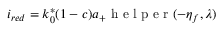
i _ { r e d } = k _ { 0 } ^ { * } ( 1 - c ) a _ { + } \mathrm { ~ h ~ e ~ l ~ p ~ e ~ r ~ } ( - \eta _ { f } , \lambda )